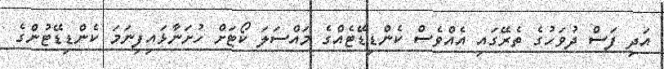
އަދި ފަސް ދުވަހުގެ ތެރޭގައި އެއްވެސް ކެންޑިޑޭޓެއްގެ މައްސަލަ ކޯޓަށް ހުށަނާޅައިފިނަމަ ކެންޑިޑޭޓުންގެ